Report of the Indian Hemp Drugs Commission, 1894-1895 - Volume I
Year: 1894
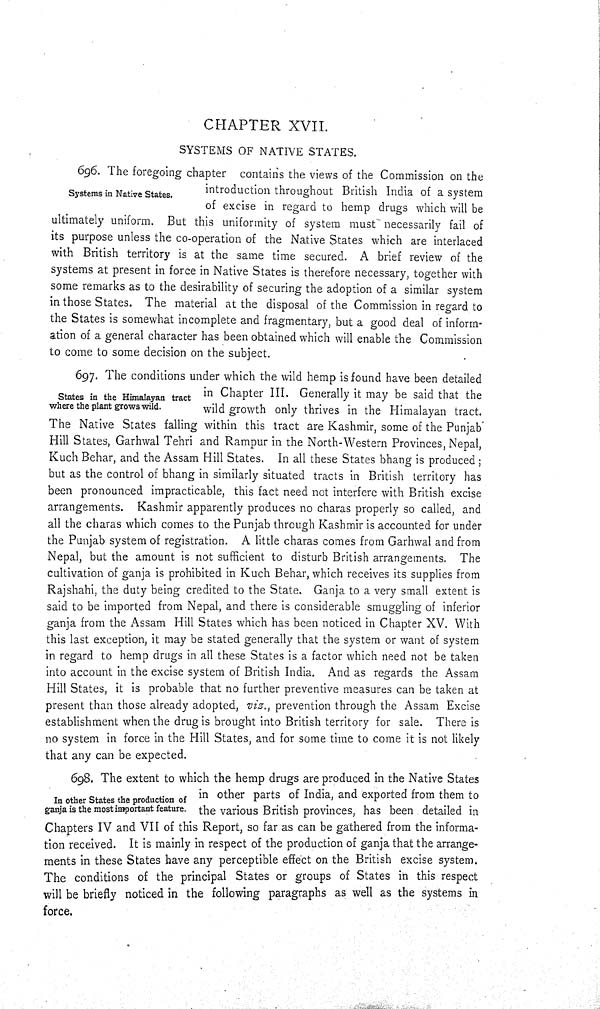
CHAPTER XVII.
SYSTEMS OF NATIVE STATES.
Systems in Native States.
696. The foregoing chapter contains the views of the Commission on the
introduction throughout British India of a system
of excise in regard to hemp drugs which will be
ultimately uniform. But this uniformity of system must necessarily fail of
its purpose unless the co-operation of the Native States which are interlaced
with British territory is at the same time secured. A brief review of the
systems at present in force in Native States is therefore necessary, together with
some remarks as to the desirability of securing the adoption of a similar system
in those States. The material at the disposal of the Commission in regard to
the States is somewhat incomplete and fragmentary, but a good deal of inform-
ation of a general character has been obtained which will enable the Commission
to come to some decision on the subject.
States in the Himalayan tract
where the plant grows wild.
697. The conditions under which the wild hemp is found have been detailed
in Chapter III. Generally it may be said that the
wild growth only thrives in the Himalayan tract.
The Native States falling within this tract are Kashmir, some of the Punjab
Hill States, Garhwal Tehri and Rampur in the North-Western Provinces, Nepal,
Kuch Behar, and the Assam Hill States. In all these States bhang is produced;
but as the control of bhang in similarly situated tracts in British territory has
been pronounced impracticable, this fact need not interfere with British excise
arrangements. Kashmir apparently produces no charas properly so called, and
all the charas which comes to the Punjab through Kashmir is accounted for under
the Punjab system of registration. A little charas comes from Garhwal and from
Nepal, but the amount is not sufficient to disturb British arrangements. The
cultivation of ganja is prohibited in Kuch Behar, which receives its supplies from
Rajshahi, the duty being credited to the State. Ganja to a very small extent is
said to be imported from Nepal, and there is considerable smuggling of inferior
ganja from the Assam Hill States which has been noticed in Chapter XV. With
this last exception, it may be stated generally that the system or want of system
in regard to hemp drugs in all these States is a factor which need not be taken
into account in the excise system of British India. And as regards the Assam
Hill States, it is probable that no further preventive measures can be taken at
present than those already adopted, viz., prevention through the Assam Excise
establishment when the drug is brought into British territory for sale. There is
no system in force in the Hill States, and for some time to come it is not likely
that any can be expected.
In other States the production of
ganja is the most important feature.
698. The extent to which the hemp drugs are produced in the Native States
in other parts of India, and exported from them to
the various British provinces, has been detailed in
Chapters IV and VII of this Report, so far as can be gathered from the informa-
tion received. It is mainly in respect of the production of ganja that the arrange-
ments in these States have any perceptible effect on the British excise system.
The conditions of the principal States or groups of States in this respect
will be briefly noticed in the following paragraphs as well as the systems in
force.